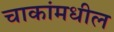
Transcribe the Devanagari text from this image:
चाकांमधील